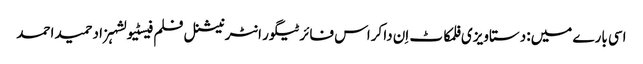
اسی بارے میں: دستاویزی فلمکاٹ اِن دا کراس فائرٹیگور انٹرنیشنل فلم فیسٹیولشہزاد حمید احمد